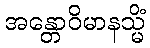
အန္တောဝိမာနသ္မိံ